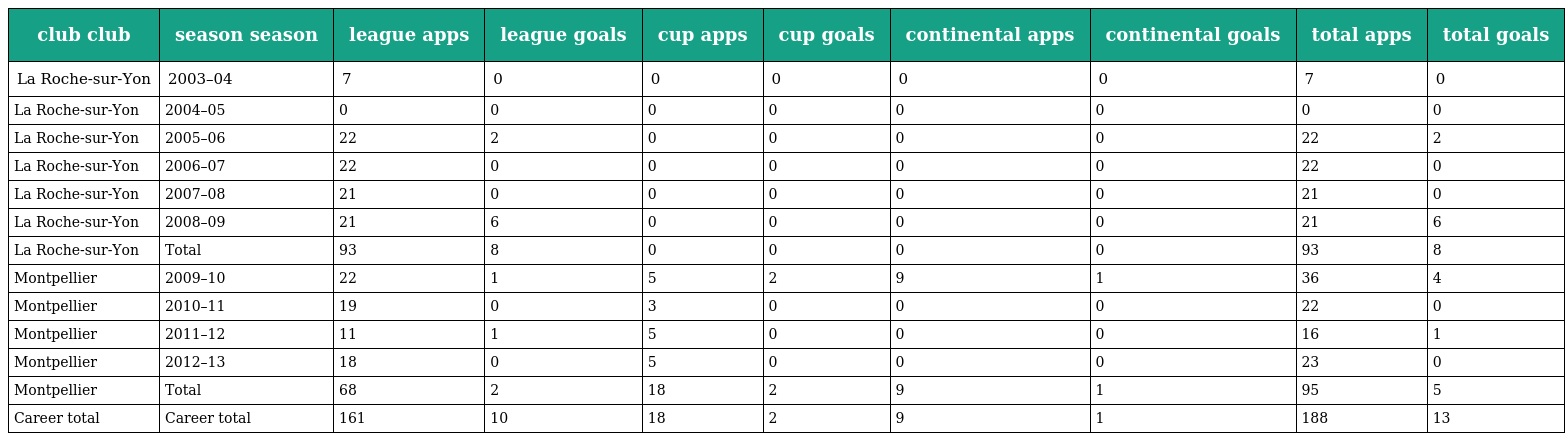
| club club | season season | league apps | league goals | cup apps | cup goals | continental apps | continental goals | total apps | total goals |
 | --- | --- | --- | --- | --- | --- | --- | --- | --- | --- |
 | La Roche-sur-Yon | 2003–04 | 7 | 0 | 0 | 0 | 0 | 0 | 7 | 0 |
 | La Roche-sur-Yon | 2004–05 | 0 | 0 | 0 | 0 | 0 | 0 | 0 | 0 |
 | La Roche-sur-Yon | 2005–06 | 22 | 2 | 0 | 0 | 0 | 0 | 22 | 2 |
 | La Roche-sur-Yon | 2006–07 | 22 | 0 | 0 | 0 | 0 | 0 | 22 | 0 |
 | La Roche-sur-Yon | 2007–08 | 21 | 0 | 0 | 0 | 0 | 0 | 21 | 0 |
 | La Roche-sur-Yon | 2008–09 | 21 | 6 | 0 | 0 | 0 | 0 | 21 | 6 |
 | La Roche-sur-Yon | Total | 93 | 8 | 0 | 0 | 0 | 0 | 93 | 8 |
 | Montpellier | 2009–10 | 22 | 1 | 5 | 2 | 9 | 1 | 36 | 4 |
 | Montpellier | 2010–11 | 19 | 0 | 3 | 0 | 0 | 0 | 22 | 0 |
 | Montpellier | 2011–12 | 11 | 1 | 5 | 0 | 0 | 0 | 16 | 1 |
 | Montpellier | 2012–13 | 18 | 0 | 5 | 0 | 0 | 0 | 23 | 0 |
 | Montpellier | Total | 68 | 2 | 18 | 2 | 9 | 1 | 95 | 5 |
 | Career total | Career total | 161 | 10 | 18 | 2 | 9 | 1 | 188 | 13 |